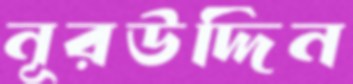
নূরউদ্দিন